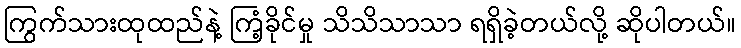
ကြွက်သားထုထည်နဲ့ ကြံ့ခိုင်မှု သိသိသာသာ ရရှိခဲ့တယ်လို့ ဆိုပါတယ်။